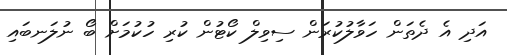
އަދި އެ ދެތަން ހަވާލުކުރަން ސިވިލް ކޯޓުން ކުރި ހުކުމަށް ބޯ ނުލަނބައި